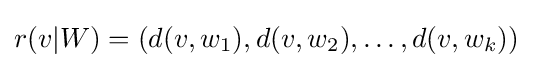
r(v|W)=(d(v,w_{1}),d(v,w_{2}),\dots ,d(v,w_{k}))